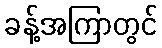
ခန့်အကြာတွင်